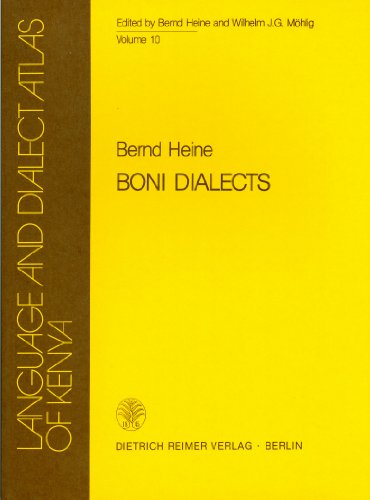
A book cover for Boni Dialects (Language and Dialect Atlas of Kenya vol. 10); Bernd Heine; Travel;